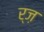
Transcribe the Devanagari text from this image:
र्ज़